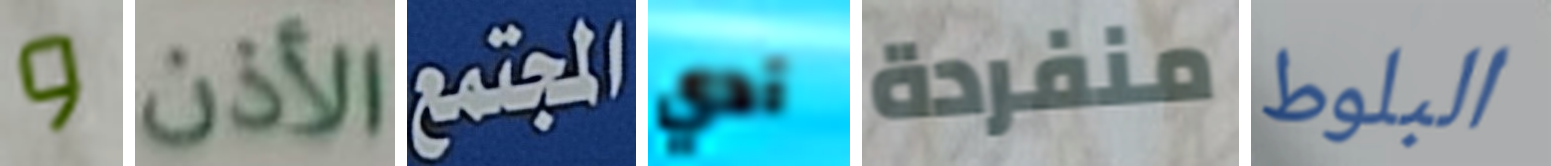
و الأذن المجتمع آدي منفردة البلوط